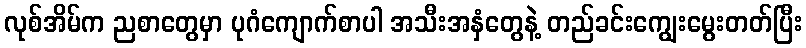
လုစ်အိမ်က ညစာတွေမှာ ပုဂံကျောက်စာပါ အသီးအနှံတွေနဲ့ တည်ခင်းကျွေးမွေးတတ်ပြီး